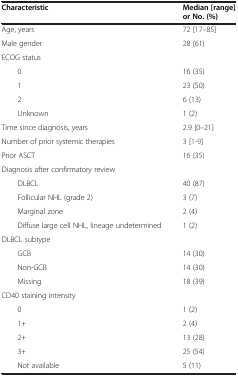
| Characteristic | Median [range] or No. (%) |
 | --- | --- |
 | Age, years | 72 [17–85] |
 | Male gender | 28 (61) |
 | ECOG status |  |
 | 0 | 16 (35) |
 | 1 | 23 (50) |
 | 2 | 6 (13) |
 | Unknown | 1 (2) |
 | Time since diagnosis, years | 2.9 [0–21] |
 | Number of prior systemic therapies | 3 [1-9] |
 | Prior ASCT | 16 (35) |
 | Diagnosis after confirmatory review |  |
 | DLBCL | 40 (87) |
 | Follicular NHL (grade 2) | 3 (7) |
 | Marginal zone | 2 (4) |
 | Diffuse large cell NHL, lineage undetermined | 1 (2) |
 | DLBCL subtype |  |
 | GCB | 14 (30) |
 | Non-GCB | 14 (30) |
 | Missing | 18 (39) |
 | CD40 staining intensity |  |
 | 0 | 1 (2) |
 | 1+ | 2 (4) |
 | 2+ | 13 (28) |
 | 3+ | 25 (54) |
 | Not available | 5 (11) |